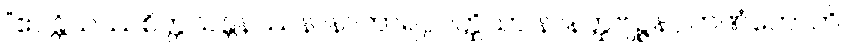
“ဧဝန္တိယဿစိတ္တသန္တနဿနာနာကာရပ္ပဝတ္ထိယာ နာနတ္ထဗျဉ္ဇနဂ္ဂဟဏံဟောတိ